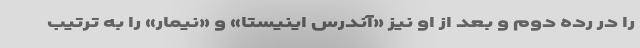
را در رده دوم و بعد از او نیز «آندرس اینیستا» و «نیمار» را به ترتیب